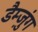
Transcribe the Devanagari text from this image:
डैम्ज़ुंग